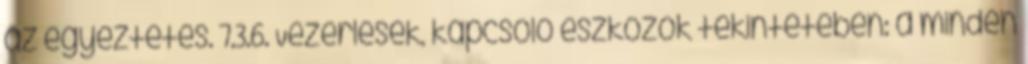
az egyeztetés. 7.3.6. Vezérlések, kapcsoló eszközök tekintetében: a minden